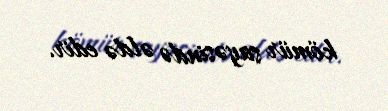
kömür sayəsində əldə edir.